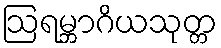
ဩရမ္ဘာဂိယသုတ္တ